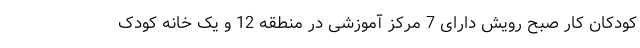
کودکان کار صبح رویش دارای 7 مرکز آموزشی در منطقه 12 و یک خانه کودک